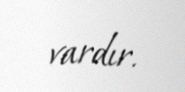
vardır.